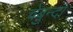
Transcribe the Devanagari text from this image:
चेबुन्दो